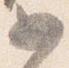
如